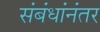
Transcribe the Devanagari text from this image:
संबंधांनंतर